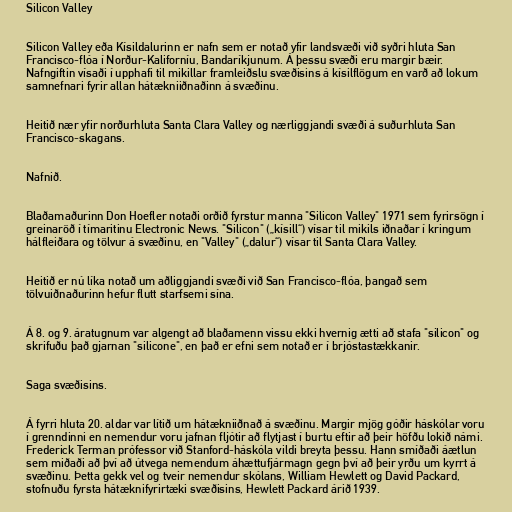
Silicon Valley

Silicon Valley eða Kísildalurinn er nafn sem er notað yfir landsvæði við syðri hluta San
Francisco-flóa í Norður-Kaliforníu, Bandaríkjunum. Á þessu svæði eru margir bæir.
Nafngiftin vísaði í upphafi til mikillar framleiðslu svæðisins á kísilflögum en varð að lokum
samnefnari fyrir allan hátækniiðnaðinn á svæðinu.

Heitið nær yfir norðurhluta Santa Clara Valley og nærliggjandi svæði á suðurhluta San
Francisco-skagans.

Nafnið.

Blaðamaðurinn Don Hoefler notaði orðið fyrstur manna "Silicon Valley" 1971 sem fyrirsögn í
greinaröð í tímaritinu Electronic News. "Silicon" („kísill“) vísar til mikils iðnaðar í kringum
hálfleiðara og tölvur á svæðinu, en "Valley" („dalur“) vísar til Santa Clara Valley.

Heitið er nú líka notað um aðliggjandi svæði við San Francisco-flóa, þangað sem
tölvuiðnaðurinn hefur flutt starfsemi sína.

Á 8. og 9. áratugnum var algengt að blaðamenn vissu ekki hvernig ætti að stafa "silicon" og
skrifuðu það gjarnan "silicone", en það er efni sem notað er í brjóstastækkanir.

Saga svæðisins.

Á fyrri hluta 20. aldar var lítið um hátækniiðnað á svæðinu. Margir mjög góðir háskólar voru
í grenndinni en nemendur voru jafnan fljótir að flytjast í burtu eftir að þeir höfðu lokið námi.
Frederick Terman prófessor við Stanford-háskóla vildi breyta þessu. Hann smíðaði áætlun
sem miðaði að því að útvega nemendum áhættufjármagn gegn því að þeir yrðu um kyrrt á
svæðinu. Þetta gekk vel og tveir nemendur skólans, William Hewlett og David Packard,
stofnuðu fyrsta hátæknifyrirtæki svæðisins, Hewlett Packard árið 1939.